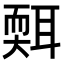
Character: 𦖩